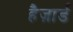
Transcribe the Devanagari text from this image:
हैज़ार्ड